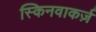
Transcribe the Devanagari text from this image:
स्किनवाकर्ज़